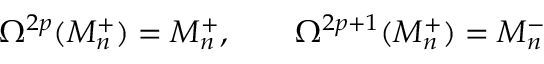
\Omega ^ { 2 p } ( M _ { n } ^ { + } ) = M _ { n } ^ { + } , \qquad \Omega ^ { 2 p + 1 } ( M _ { n } ^ { + } ) = M _ { n } ^ { - }